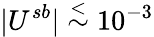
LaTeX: \vert U^{sb}\vert\stackrel{<}{\sim}10^{-3}